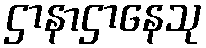
ဌာနာဌာနေသု